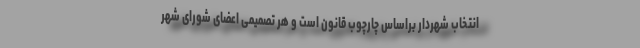
انتخاب شهردار براساس چارچوب قانون است و هر تصمیمی اعضای شورای شهر